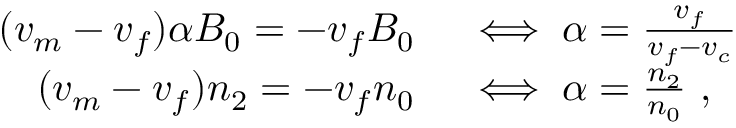
\begin{array} { r l } { ( v _ { m } - v _ { f } ) \alpha B _ { 0 } = - v _ { f } B _ { 0 } } & { { } \iff \alpha = \frac { v _ { f } } { v _ { f } - v _ { c } } } \\ { ( v _ { m } - v _ { f } ) n _ { 2 } = - v _ { f } n _ { 0 } } & { { } \iff \alpha = \frac { n _ { 2 } } { n _ { 0 } } \ , } \end{array}